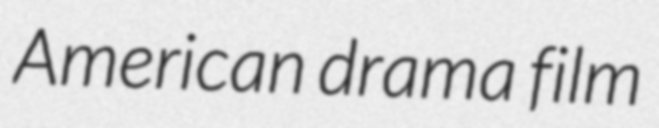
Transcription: American drama film